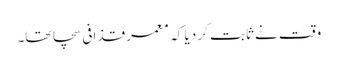
وقت نے ثابت کر دیا کہ معمر قذافی سچا تھا۔